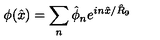
\phi ( \hat { x } ) = \sum _ { n } \hat { \phi } _ { n } e ^ { i n \hat { x } / \hat { R } _ { 9 } }